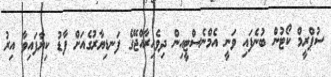
ސުޕްރީމް ކޯޓުން ބުނެފައި ވަނީ އެމްނެސްޓީއިން ދިވެހިރާއްޖޭގެ ފަނޑިޔާރުގެއަށް ފާޑު ކިޔާފައިވާ އިރު